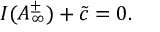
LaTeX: I ( A _ { \infty } ^ { \pm } ) + \tilde { c } = 0 .